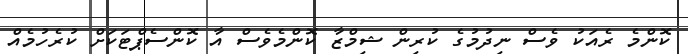
ކޮންމެ ރެއަކު ވެސް ނިދުމުގެ ކުރިން ޝިމްޒާ ކޮންމެވެސް އާ ކޮންސެޕްޓަކަށް ކުރެހުމެއް